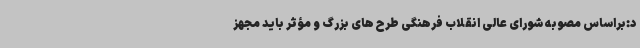
د:براساس مصوبه شورای عالی انقلاب فرهنگی طرح های بزرگ و مؤثر باید مجهز